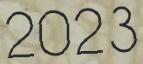
2023